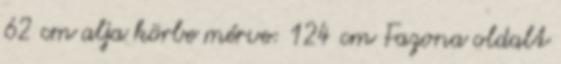
62 cm alja körbe mérve: 124 cm Fazona oldalt